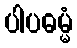
ပါပဓမ္မံ